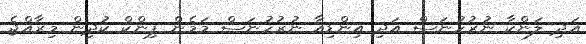
އަދި ލަންކާ ނުރުހުނަސް އަދި އިންޑިއާ ނުރުހުނަސް މަމެން ޕިންކް ކުދިން މިރާއްޖެ